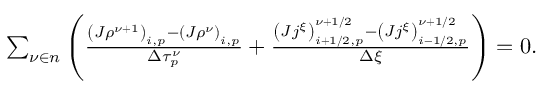
\begin{array} { r } { \sum _ { \nu \in n } \left( \frac { \left( J \rho ^ { \nu + 1 } \right) _ { i , p } - \left( J \rho ^ { \nu } \right) _ { i , p } } { \Delta \tau _ { p } ^ { \nu } } + \frac { \left( J j ^ { \xi } \right) _ { i + 1 / 2 , p } ^ { \nu + 1 / 2 } - \left( J j ^ { \xi } \right) _ { i - 1 / 2 , p } ^ { \nu + 1 / 2 } } { \Delta \xi } \right) = 0 . } \end{array}